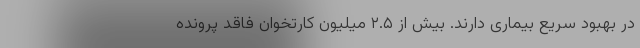
در بهبود سریع بیماری دارند. بیش از ۲.۵ میلیون کارتخوان فاقد پرونده